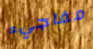
مفاجيء